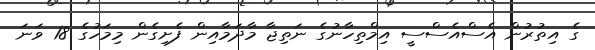
ގެ އިތުރުން އެސްއެސްސީ އިމްތިހާނުގެ ނަތިޖާ މާދަމާއިން ފެށިގެން މިމަހުގެ 18 ވަނަ